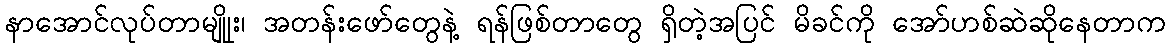
နာအောင်လုပ်တာမျိုုး၊ အတန်းဖော်တွေနဲ့ ရန်ဖြစ်တာတွေ ရှိတဲ့အပြင် မိခင်ကို အော်ဟစ်ဆဲဆိုနေတာက